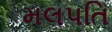
મલપતિ